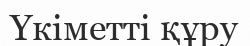
Үкіметті құру